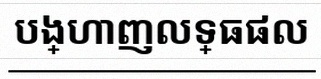
បង្ហាញលទ្ធផល